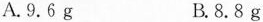
A.9.6g B.8.8g